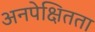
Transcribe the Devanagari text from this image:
अनपेक्षितता